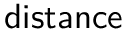
\mathsf { d i s t a n c e }